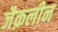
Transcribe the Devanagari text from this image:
जैक़लीन